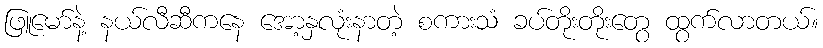
ဖြူမော်နဲ့ နယ်လီဆီကနေ အော့နှလုံးနာတဲ့ စကားသံ ခပ်တိုးတိုးတွေ ထွက်လာတယ်။